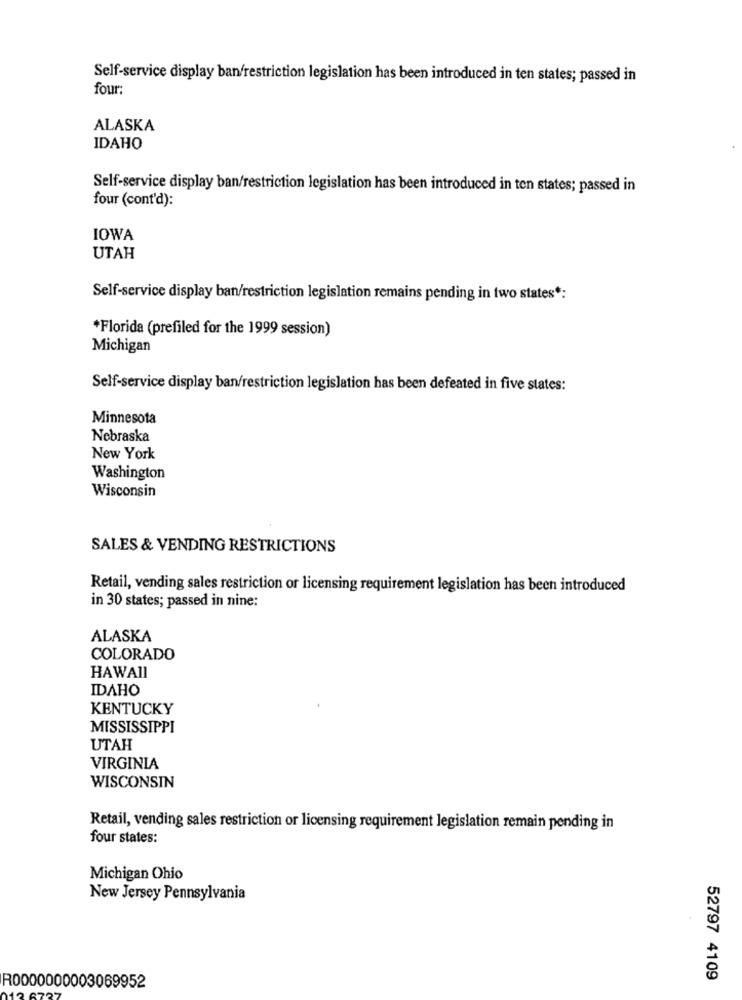
Self-service display ban/restriction legislation has been introduced in ten states; passed in
four:
ALASKA
IDAHO
Self-service display ban/restriction legislation has been introduced in ten states; passed in
four (cont'd):
IOWA
UTAH
Self-service display ban/restriction legislation remains pending in two states *:
*Florida (prefiled for the 1999 session)
Michigan
Self-service display ban/restriction legislation has been defeated in five states:
Minnesota
Nebraska
New York
Washington
Wisconsin
SALES & VENDING RESTRICTIONS
Retail, vending sales restriction or licensing requirement legislation has been introduced
in 30 states; passed in nine:
ALASKA
COLORADO
HAWAII
IDAHO
KENTUCKY
MISSISSIPPI
UTAH
VIRGINIA
WISCONSIN
Retail, vending sales restriction or licensing requirement legislation remain pending in
four states:
Michigan Ohio
New Jersey Pennsylvania
52797 4109
R0000000003069952